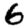
Digit: 6